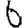
Digit: 6